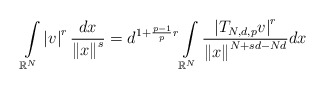
\begin{align*}\int\limits_{\mathbb{R}^{N}}\left\vert v\right\vert ^{r}\frac{dx}{\left\Vert x\right\Vert ^{s}}=d^{1+\frac{p-1}{p}r}\int\limits_{\mathbb{R}^{N}}\frac{\left\vert T_{N,d,p}v\right\vert ^{r}}{\left\Vert x\right\Vert^{N+sd-Nd}}dx\end{align*}